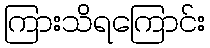
ကြားသိရကြောင်း